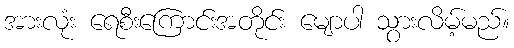
အားလုံး ရေစီးကြောင်းအတိုင်း မျောပါ သွားလိမ့်မည်။